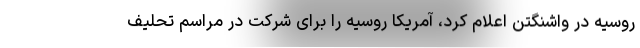
روسیه در واشنگتن اعلام کرد، آمریکا روسیه را برای شرکت در مراسم تحلیف